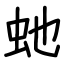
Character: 虵